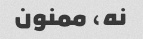
نه، ممنون